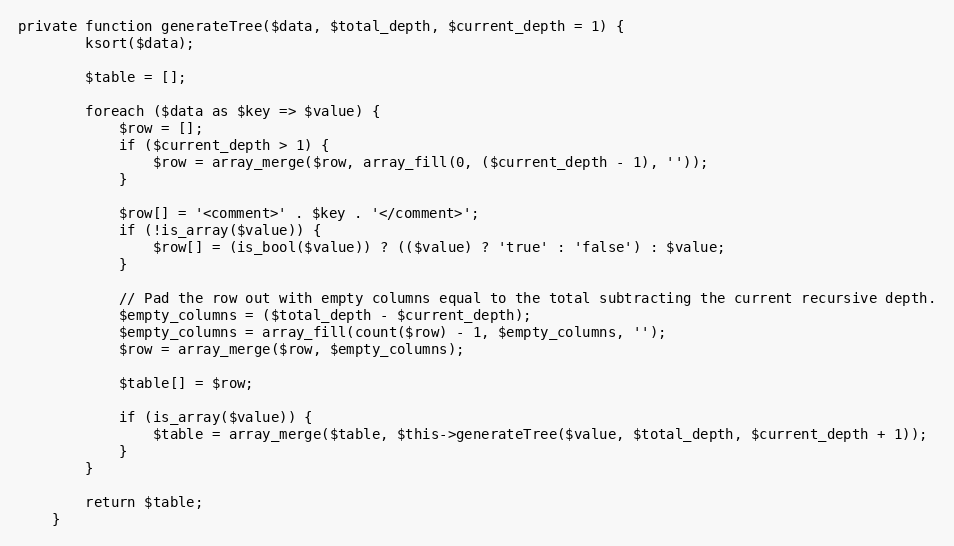
Language: PHP
private function generateTree($data, $total_depth, $current_depth = 1) {
        ksort($data);

        $table = [];

        foreach ($data as $key => $value) {
            $row = [];
            if ($current_depth > 1) {
                $row = array_merge($row, array_fill(0, ($current_depth - 1), ''));
            }

            $row[] = '<comment>' . $key . '</comment>';
            if (!is_array($value)) {
                $row[] = (is_bool($value)) ? (($value) ? 'true' : 'false') : $value;
            }

            // Pad the row out with empty columns equal to the total subtracting the current recursive depth.
            $empty_columns = ($total_depth - $current_depth);
            $empty_columns = array_fill(count($row) - 1, $empty_columns, '');
            $row = array_merge($row, $empty_columns);

            $table[] = $row;

            if (is_array($value)) {
                $table = array_merge($table, $this->generateTree($value, $total_depth, $current_depth + 1));
            }
        }

        return $table;
    }